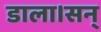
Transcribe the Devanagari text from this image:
डाला।सन्